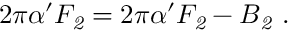
2 \pi \alpha ^ { \prime } { \cal F } _ { \it 2 } = 2 \pi \alpha ^ { \prime } F _ { \it 2 } - B _ { \it 2 } \ .